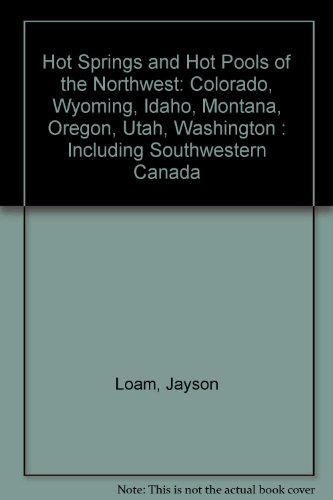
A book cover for Hot Springs and Hot Pools of the Northwest: Colorado, Wyoming, Idaho, Montana, Oregon, Utah, Washington : Including Southwestern Canada; Jayson Loam; Travel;